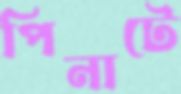
পিনাটে